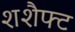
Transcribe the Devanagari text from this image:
शशैफ्ट